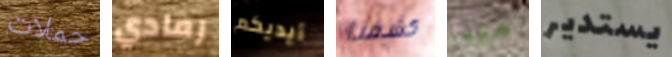
حملات رمادي أيديكم كشفنا مينا يستدير